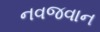
નવજવાન